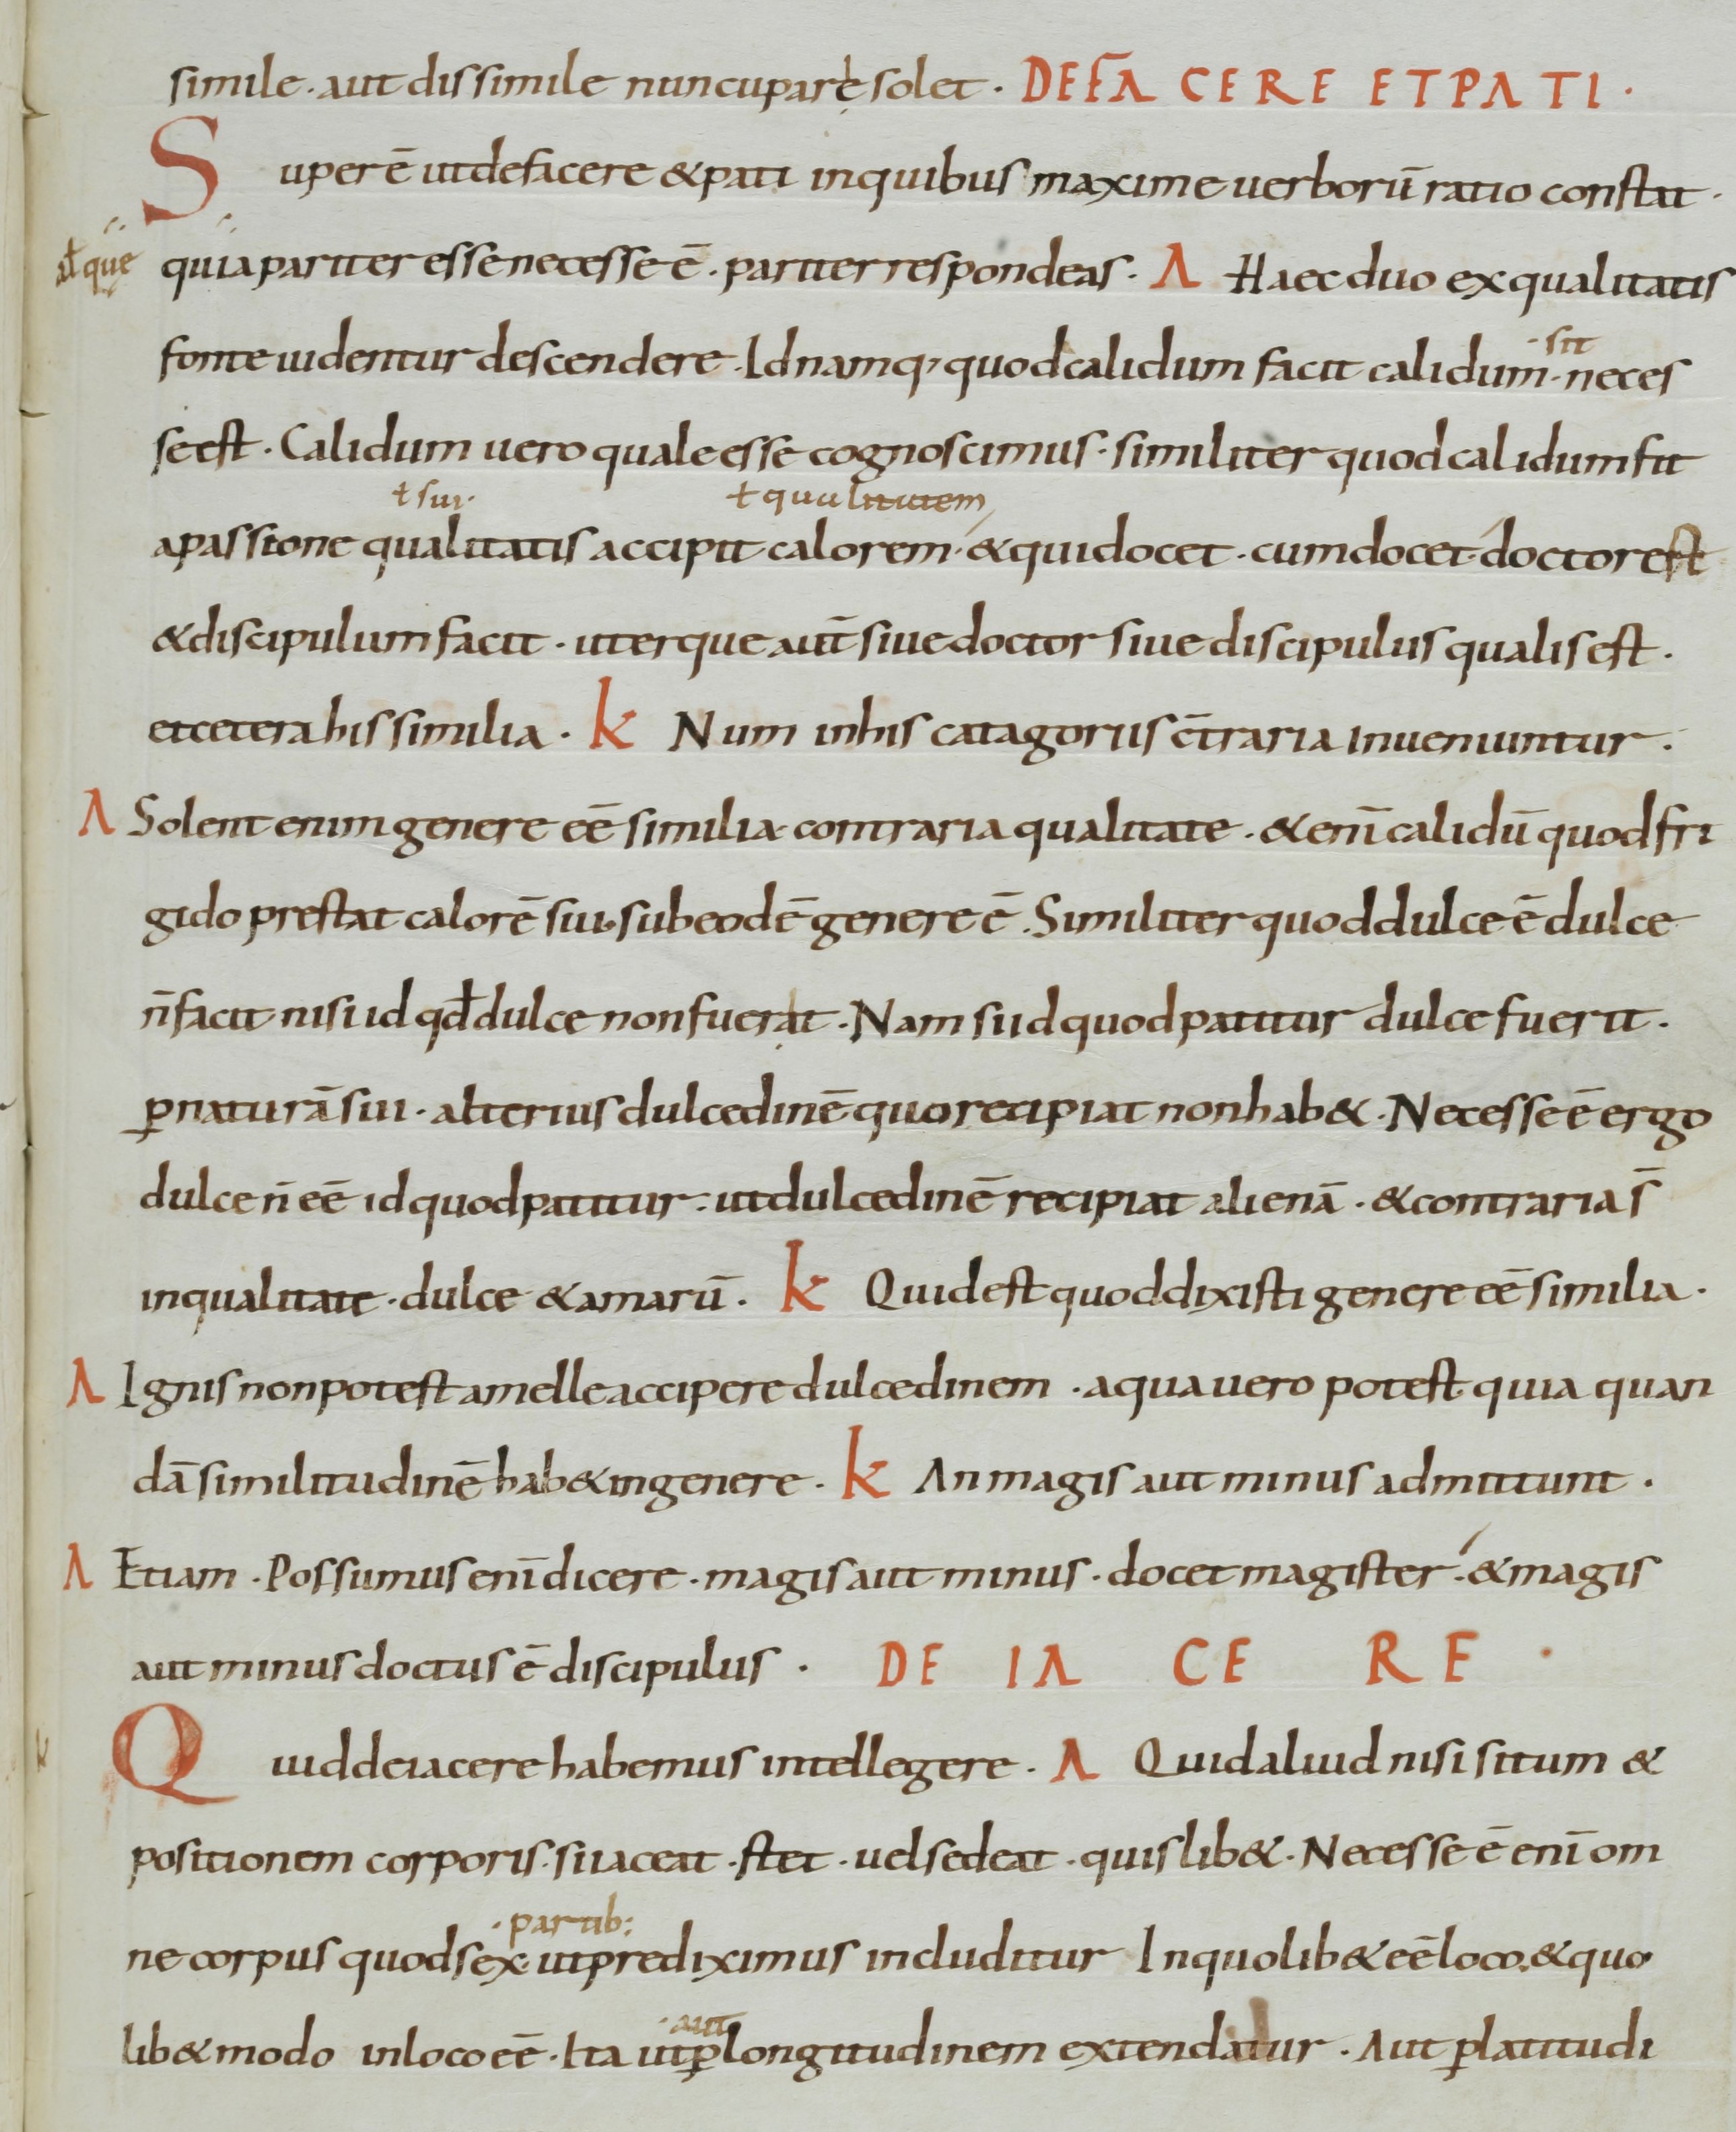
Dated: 800–899